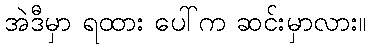
အဲဒီမှာ ရထား ပေါ်က ဆင်းမှာလား။